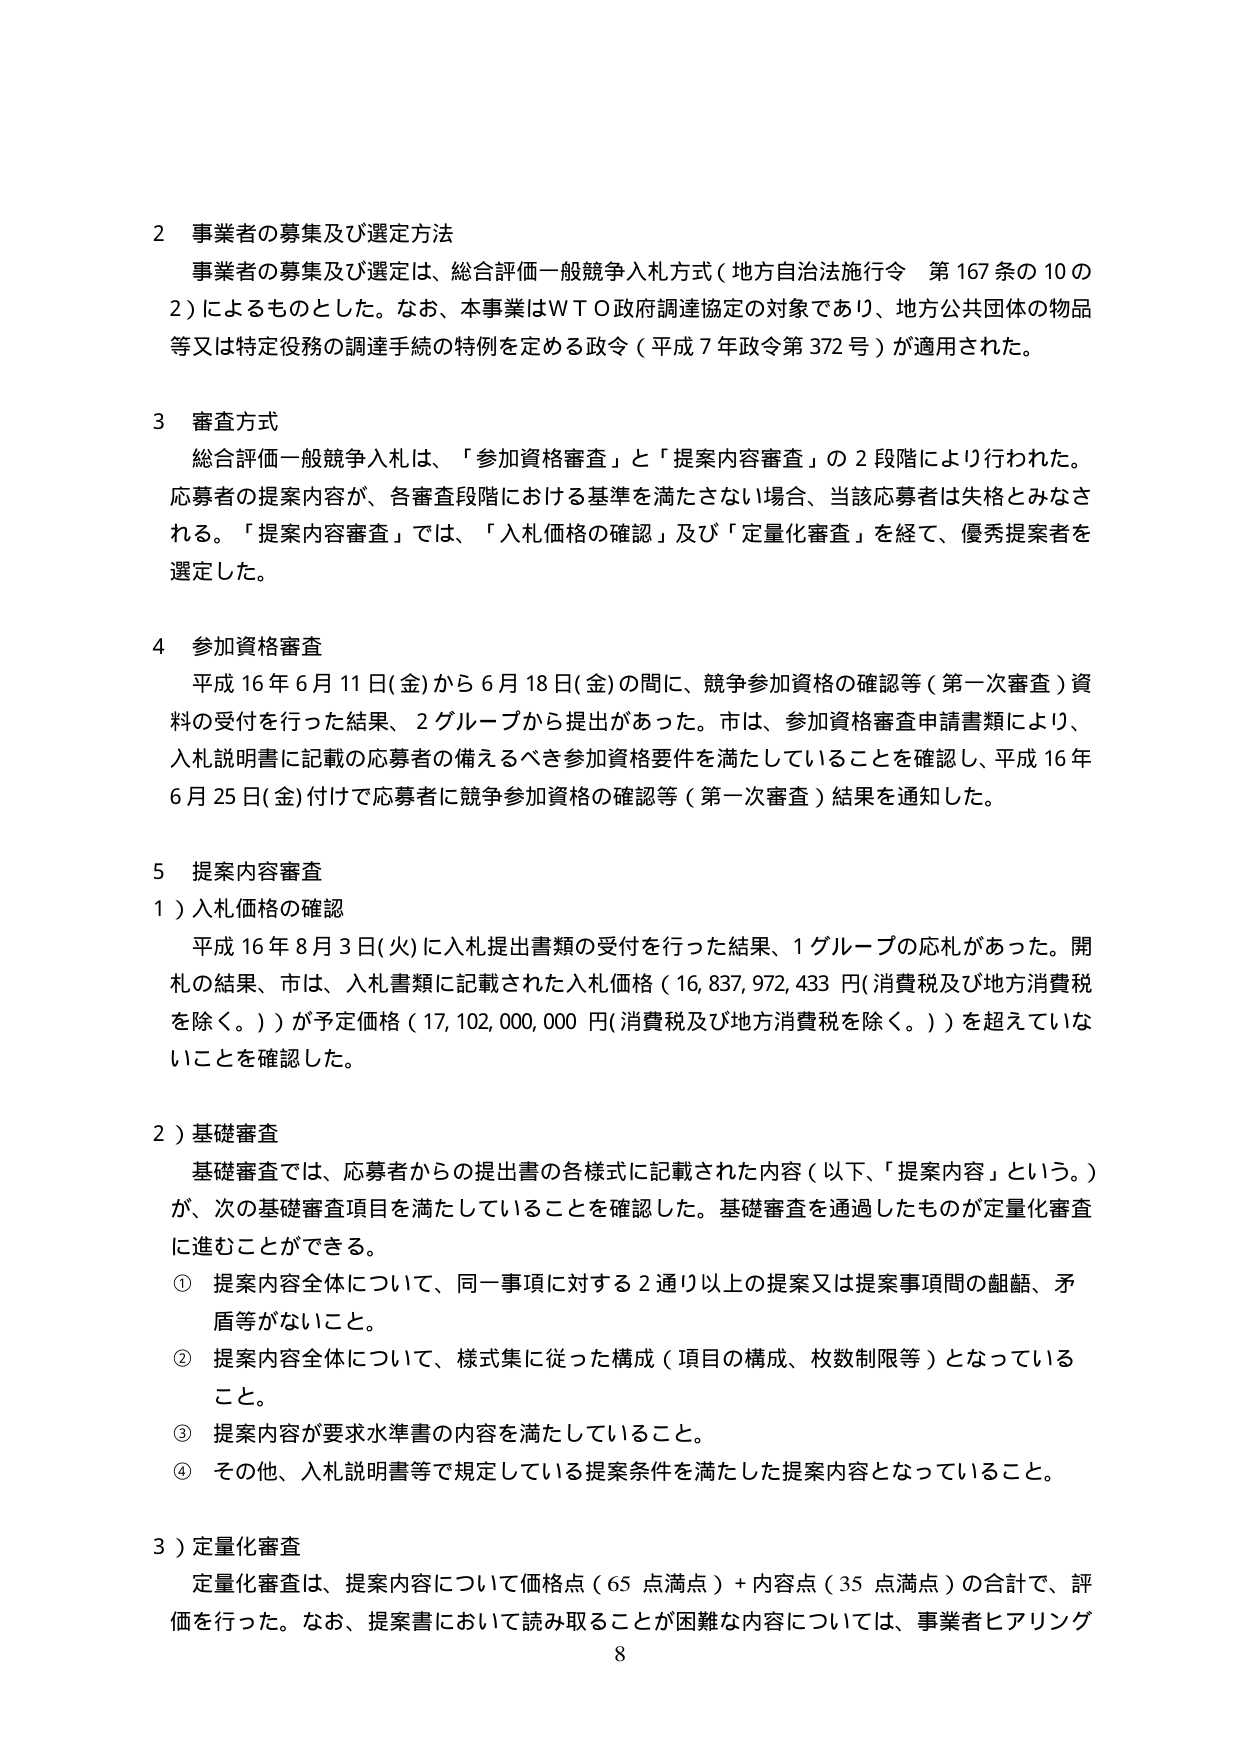
2 事業者の募集及び選定方法
事業者の募集及び選定は、総合評価一般競争入札方式（地方自治法施行令 第167条の10の2）によるものとした。なお、本事業はＷＴＯ政府調達協定の対象であり、地方公共団体の物品等又は特定役務の調達手続の特例を定める政令（平成7年政令第372号）が適用された。

3 審査方式
総合評価一般競争入札は、「参加資格審査」と「提案内容審査」の2段階により行われた。応募者の提案内容が、各審査段階における基準を満たさない場合、当該応募者は失格とみなされる。「提案内容審査」では、「入札価格の確認」及び「定量化審査」を経て、優秀提案者を選定した。

4 参加資格審査
平成16年6月11日(金)から6月18日(金)の間に、競争参加資格の確認等（第一次審査）資料の受付を行った結果、2グループから提出があった。市は、参加資格審査申請書類により、入札説明書に記載の応募者の備えるべき参加資格要件を満たしていることを確認し、平成16年6月25日(金)付けて応募者に競争参加資格の確認等（第一次審査）結果を通知した。

5 提案内容審査
1）入札価格の確認
平成16年8月3日(火)に入札提出書類の受付を行った結果、1グループの応札があった。開札の結果、市は、入札書類に記載された入札価格（16,837,972,433円（消費税及び地方消費税を除く。））が予定価格（17,102,000,000円（消費税及び地方消費税を除く。））を超えていないことを確認した。

2）基礎審査
基礎審査では、応募者からの提出書の各様式に記載された内容（以下、「提案内容」という。）が、次の基礎審査項目を満たしていることを確認した。基礎審査を通過したものが定量化審査に進むことができる。
① 提案内容全体について、同一事項に対する2通り以上の提案又は提案事項間の齟齬、矛盾等がないこと。
② 提案内容全体について、様式集に従った構成（項目の構成、枚数制限等）となっていること。
③ 提案内容が要求水準書の内容を満たしていること。
④ その他、入札説明書等で規定している提案条件を満たした提案内容となっていること。

3）定量化審査
定量化審査は、提案内容について価格点（65点満点）＋内容点（35点満点）の合計で、評価を行った。なお、提案書において読み取ることが困難な内容については、事業者ヒアリング

8